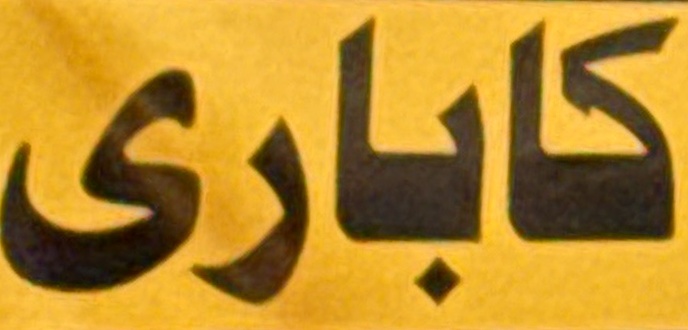
كاباری